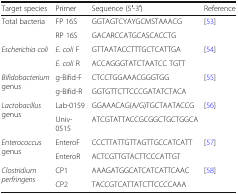
<table><thead><tr><td><b>Target species</b></td><td><b>Primer</b></td><td><b>Sequence (5′-3′)</b></td><td><b>Reference</b></td></tr></thead><tbody><tr><td rowspan="2">Total bacteria</td><td>FP 16S</td><td>GGTAGTCYAYGCMSTAAACG</td><td>[53]</td></tr><tr><td>RP 16S</td><td>GACARCCATGCASCACCTG</td><td></td></tr><tr><td rowspan="2"><i>Escherichia coli</i></td><td><i>E. coli</i> F</td><td>GTTAATACCTTTGCTCATTGA</td><td>[54]</td></tr><tr><td><i>E. coli</i> R</td><td>ACCAGGGTATCTAATCC TGTT</td><td></td></tr><tr><td rowspan="2"><i>Bifidobacterium</i> genus</td><td>g-Bifid-F</td><td>CTCCTGGAAACGGGTGG</td><td>[55]</td></tr><tr><td>g-Bifid-R</td><td>GGTGTTCTTCCCGATATCTACA</td><td></td></tr><tr><td rowspan="2"><i>Lactobacillus</i> genus</td><td>Lab-0159</td><td>GGAAACAG(A/G)TGCTAATACCG</td><td>[56]</td></tr><tr><td>Univ-0515</td><td>ATCGTATTACCGCGGCTGCTGGCA</td><td></td></tr><tr><td rowspan="2"><i>Enterococcus</i> genus</td><td>EnteroF</td><td>CCCTTATTGTTAGTTGCCATCATT</td><td>[57]</td></tr><tr><td>EnteroR</td><td>ACTCGTTGTACTTCCCATTGT</td><td></td></tr><tr><td rowspan="2"><i>Clostridium perfringens</i></td><td>CP1</td><td>AAAGATGGCATCATCATTCAAC</td><td>[58]</td></tr><tr><td>CP2</td><td>TACCGTCATTATCTTCCCCAAA</td><td></td></tr></tbody></table>